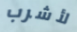
لأشرب